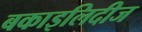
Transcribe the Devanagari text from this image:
बकाइलिदीज